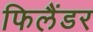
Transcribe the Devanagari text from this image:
फिलैंडर